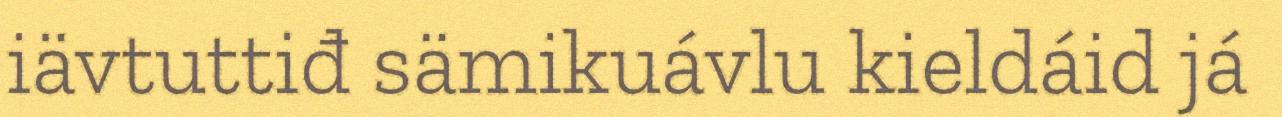
iävtuttiđ sämikuávlu kieldáid já